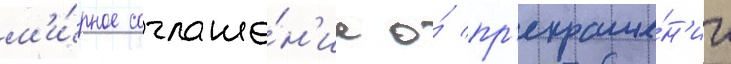
м'и́рное соглаше́н'ие о́ пр'екраще́н'ии